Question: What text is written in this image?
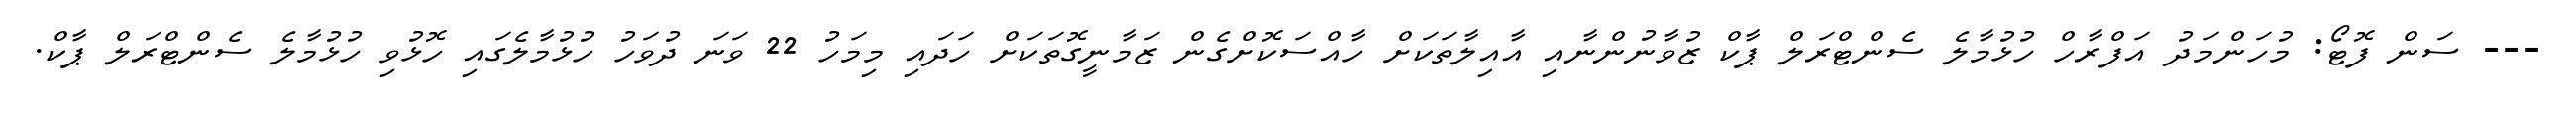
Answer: --- ސަން ފޮޓޯ: މުހަންމަދު އަފްރާހް ހުޅުމާލެ ސެންޓްރަލް ޕާކް ޒުވާނުންނާއި އާއިލާތަކަށް ހާއްސަކޮށްގެން ޒަމާނީގޮތަކަށް ހަދައި މިމަހު 22 ވަނަ ދުވަހު ހުޅުމާލެގައި ހޮޅުވި ހުޅުމާލެ ސެންޓްރަލް ޕާކް.